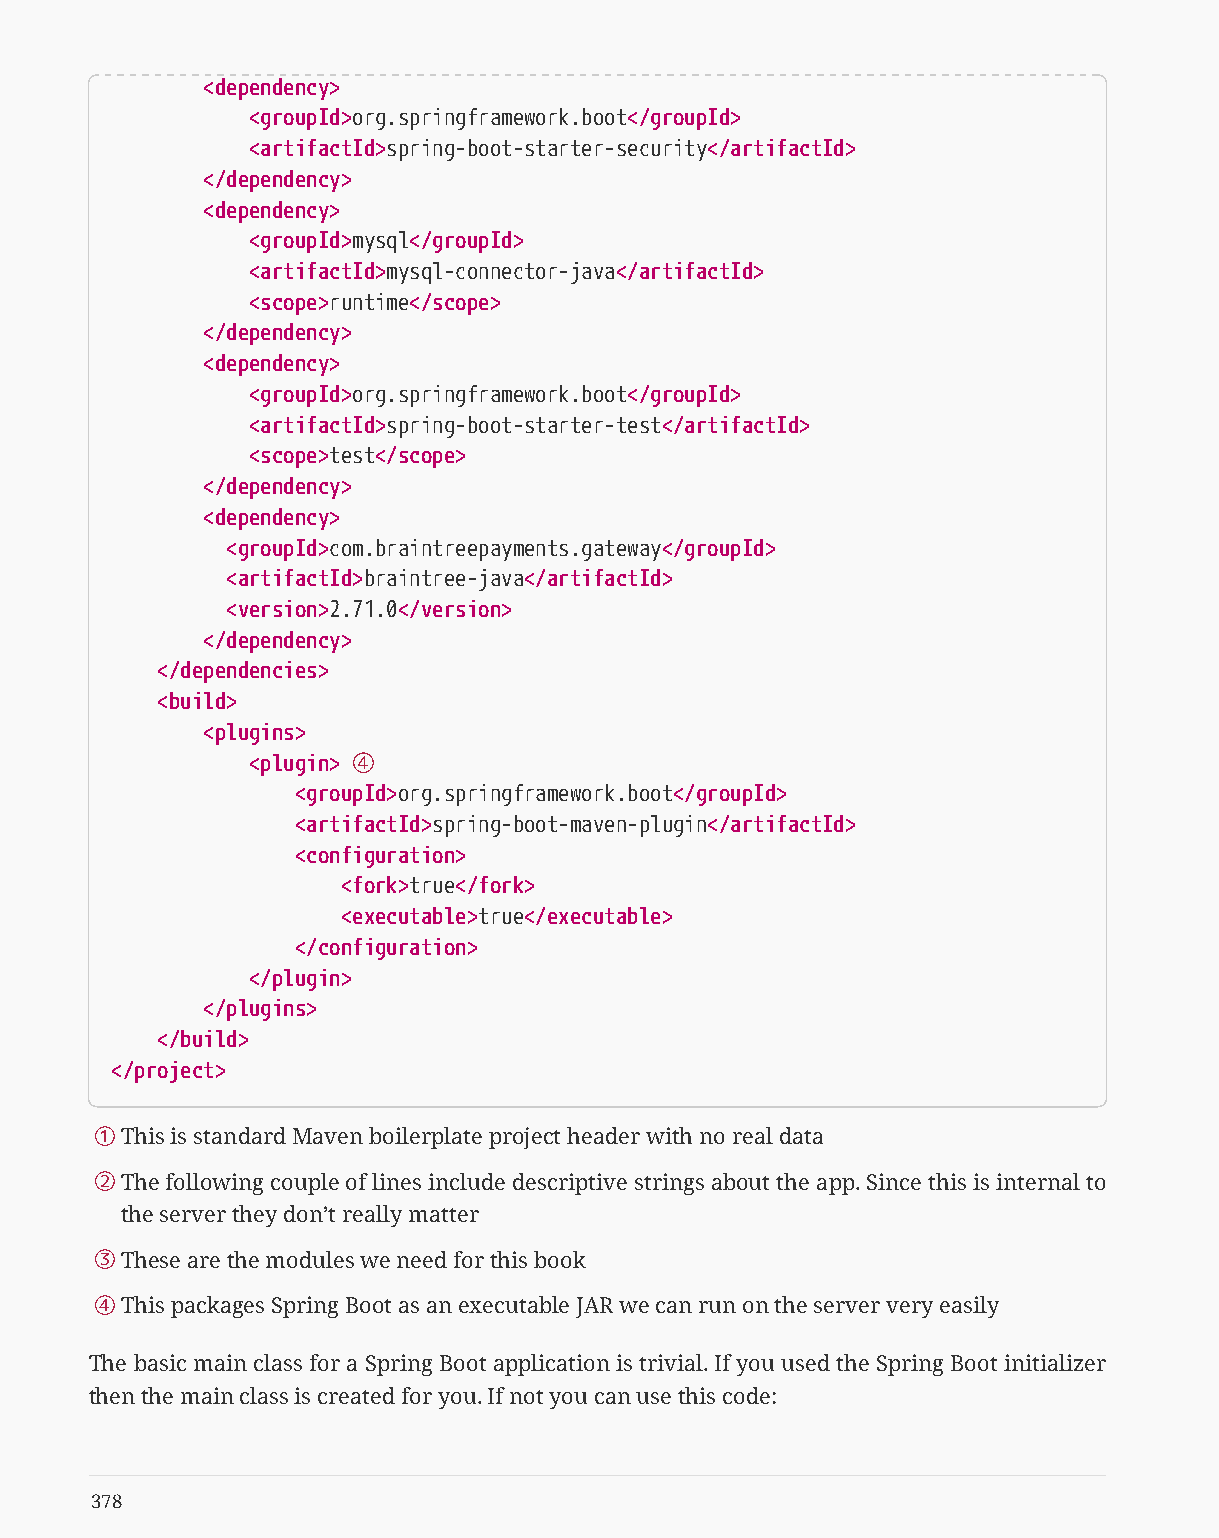
<dependency>
 <groupId>org.springframework.boot</groupId>
 <artifactId>spring-boot-starter-security</artifactId>
 </dependency>
 <dependency>
 <groupId>mysql</groupId>
 <artifactId>mysql-connector-java</artifactId>
 <scope>runtime</scope>
 </dependency>
 <dependency>
 <groupId>org.springframework.boot</groupId>
 <artifactId>spring-boot-starter-test</artifactId>
 <scope>test</scope>
 </dependency>
 <dependency>
 <groupId>com.braintreepayments.gateway</groupId>
 <artifactId>braintree-java</artifactId>
 <version>2.71.0</version>
 </dependency>
 </dependencies>
 <build>
 <plugins>
 <plugin> ④
 <groupId>org.springframework.boot</groupId>
 <artifactId>spring-boot-maven-plugin</artifactId>
 <configuration>
 <fork>true</fork>
 <executable>true</executable>
 </configuration>
 </plugin>
 </plugins>
 </build>
 </project>
 ①This is standard Maven boilerplate project header with no real data
 ②The following couple of lines include descriptive strings about the app. Since this is internal to
 the server they don’t really matter
 ③These are the modules we need for this book
 ④This packages Spring Boot as an executable JAR we can run on the server very easily
 The basic main class for a Spring Boot application is trivial. If you used the Spring Boot initializer
 then the main class is created for you. If not you can use this code:
 378